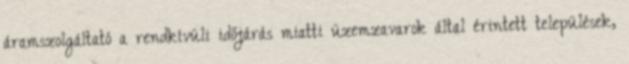
áramszolgáltató a rendkívüli időjárás miatti üzemzavarok által érintett települések,